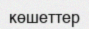
көшеттер